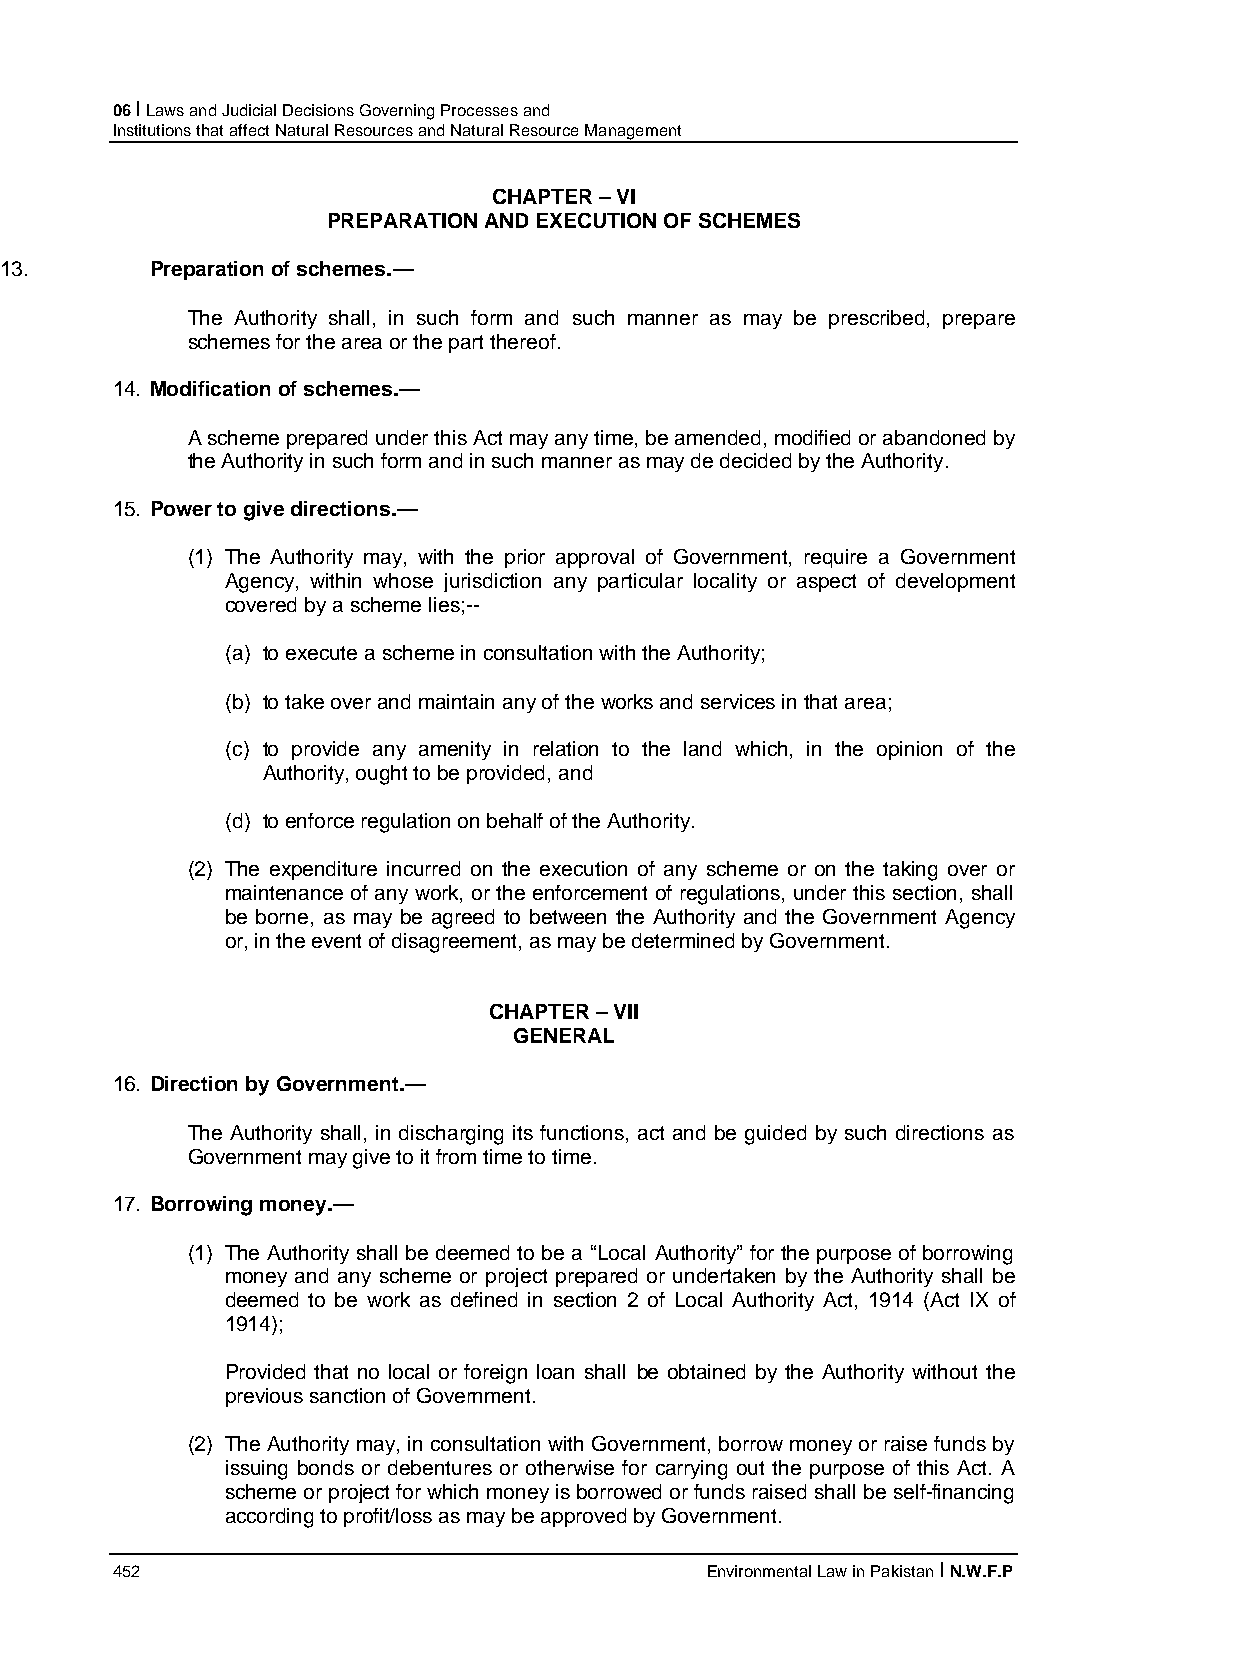
06 I Laws and Judicial Decisions Governing Processes and
 Institutions that affect Natural Resources and Natural Resource Management
 CHAPTER – VI
 PREPARATION AND EXECUTION OF SCHEMES
 13.       Preparation of schemes.—
 The Authority shall, in such form and such manner as may be prescribed, prepare
 schemes for the area or the part thereof.
 14. Modification of schemes.—
 A scheme prepared under this Act may any time, be amended, modified or abandoned by
 the Authority in such form and in such manner as may de decided by the Authority.
 15. Power to give directions.—
 (1) The Authority may, with the prior approval of Government, require a Government
 Agency, within whose jurisdiction any particular locality or aspect of development
 covered by a scheme lies;--
 (a) to execute a scheme in consultation with the Authority;
 (b) to take over and maintain any of the works and services in that area;
 (c) to provide any amenity in relation to the land which, in the opinion of the
 Authority, ought to be provided, and
 (d) to enforce regulation on behalf of the Authority.
 (2) The expenditure incurred on the execution of any scheme or on the taking over or
 maintenance of any work, or the enforcement of regulations, under this section, shall
 be borne, as may be agreed to between the Authority and the Government Agency
 or, in the event of disagreement, as may be determined by Government.
 CHAPTER – VII
 GENERAL
 16. Direction by Government.—
 The Authority shall, in discharging its functions, act and be guided by such directions as
 Government may give to it from time to time.
 17. Borrowing money.—
 (1) The Authority shall be deemed to be a “Local Authority” for the purpose of borrowing
 money and any scheme or project prepared or undertaken by the Authority shall be
 deemed to be work as defined in section 2 of Local Authority Act, 1914 (Act IX of
 1914);
 Provided that no local or foreign loan shall be obtained by the Authority without the
 previous sanction of Government.
 (2) The Authority may, in consultation with Government, borrow money or raise funds by
 issuing bonds or debentures or otherwise for carrying out the purpose of this Act. A
 scheme or project for which money is borrowed or funds raised shall be self-financing
 according to profit/loss as may be approved by Government.
 452                                     Environmental Law in Pakistan I N.W.F.P